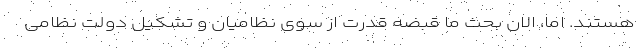
هستند. اما، الان بحث ما قبضه قدرت از سوی نظامیان و تشکیل دولت نظامی